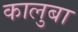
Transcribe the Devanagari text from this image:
कालुबा